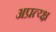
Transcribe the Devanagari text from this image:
अप्रत्य्क्ष